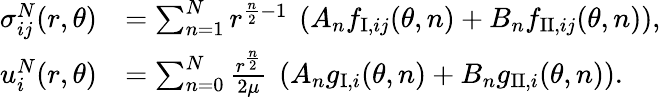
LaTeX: \begin{array}{rl}{\sigma_{ij}^{N}(r,\theta)}&{=\sum_{n=1}^{N}{r^{\frac{n}{2}-1}\ \left(A_{n}f_{\mathrm{I},ij}(\theta,n)+B_{n}f_{\mathrm{II},ij}(\theta,n)\right)},}\\ {u_{i}^{N}(r,\theta)}&{=\sum_{n=0}^{N}\frac{r^{\frac{n}{2}}}{2\mu}\ \left(A_{n}g_{\mathrm{I},i}(\theta,n)+B_{n}g_{\mathrm{II},i}(\theta,n)\right).}\end{array}